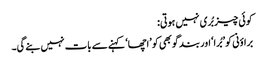
کوئی چیز بُری نہیں ہوتی:
براؤنی کو ’بُرا‘ اور بند گوبھی کو ’اچھا‘ کہنے سے بات نہیں بنے گی۔